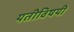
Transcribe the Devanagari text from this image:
यतीविषयी